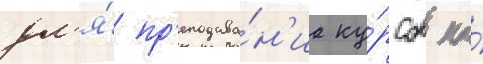
дл'я́ пр'еподава́н'иа ку́рсов по́